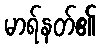
မာရ်နတ်၏